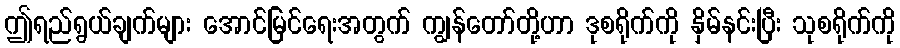
ဤရည်ရွယ်ချက်များ အောင်မြင်ရေးအတွက် ကျွန်တော်တို့ဟာ ဒုစရိုက်ကို နှိမ်နင်းပြီး သုစရိုက်ကို